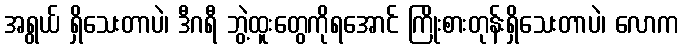
အရွယ် ရှိသေးတာပဲ၊ ဒီဂရီ ဘွဲ့ထူးတွေကိုရအောင် ကြိုးစားတုန်းရှိသေးတာပဲ၊ လောက